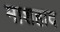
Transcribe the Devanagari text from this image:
माशहाद